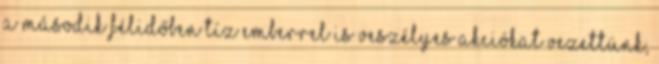
A második félidőben tíz emberrel is veszélyes akciókat vezettünk,